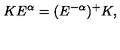
K E ^ { \alpha } = ( E ^ { - \alpha } ) ^ { + } K ,